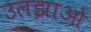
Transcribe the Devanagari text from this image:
उलझाओ